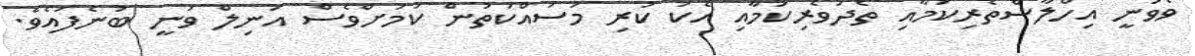
ވެވުނީ އިހްލާސްތެރިކަމާއި ތެދުވެރިކަމާއި އެކު ކުރި މަސައްކަތުން ކަމަށްވެސް އަނިލް ވަނީ ބުނެފައެވެ.